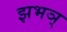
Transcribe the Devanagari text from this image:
झभञ्